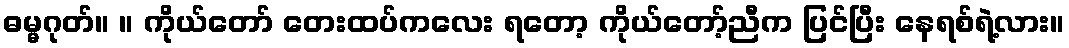
ဓမ္မဂုတ်။ ။ ကိုယ်တော် တေးထပ်ကလေး ရတော့ ကိုယ်တော့်ညီက ပြင်ပြီး နေရစ်ရဲ့လား။